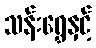
သန်းရွှေနှင့်